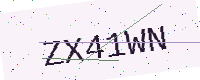
Text: ZX41WN